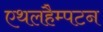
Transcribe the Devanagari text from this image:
एथलहैम्पटन